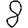
Digit: 8